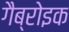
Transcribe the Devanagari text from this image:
गैब्रोइक